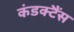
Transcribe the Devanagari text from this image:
कंडक्टैंस